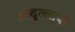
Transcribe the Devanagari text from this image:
अब्दुल्लाची